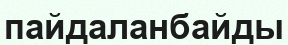
пайдаланбайды